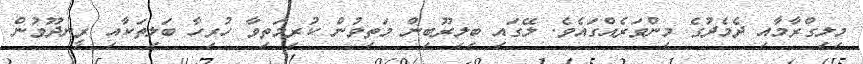
މިލިގްރާމާއި ދެމެދުގެ މިންވަރެއްގައެވެ. ލޭގައި ބިލިރޫބިން މަތިވުން ކުރިމަތިވާ ހުރިހާ ބަލިތަކާއި ރީނދޫވުން